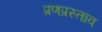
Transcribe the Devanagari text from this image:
प्रणप्रस्ताव